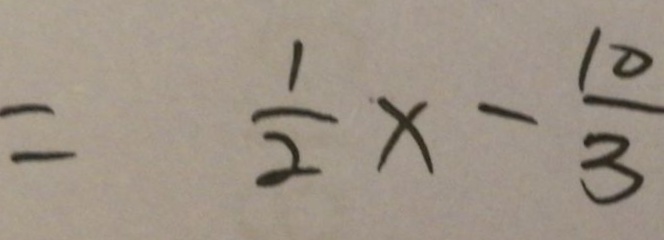
= \frac { 1 } { 2 } x - \frac { 1 0 } { 3 }